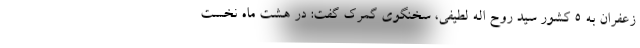
زعفران به ۵ کشور سید روح اله لطیفی، سخنگوی گمرک گفت: در هشت ماه نخست